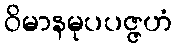
ဝိမာနမုပပဇ္ဇဟံ